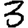
Digit: 3